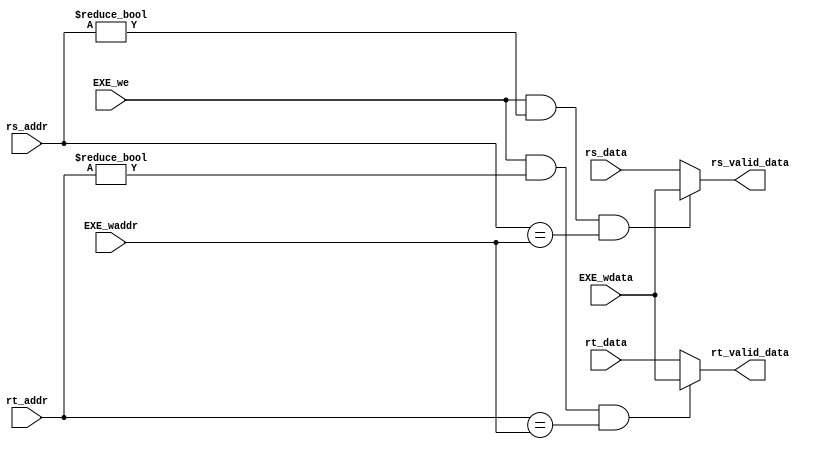
/*
File Name : GPRByPassProc.v
Create time : 2021.07.14 1:05
Author : Morning Han
Function : 
    ByPass data Process on GPR read.

*/

module GPRByPassProc(
    input wire[4:0] EXE_waddr, // Src: ID_EXE_reg.exe_GPR_waddr
    input wire[31:0] EXE_wdata,
    input wire EXE_we,

    input wire[4:0] rs_addr,
    input wire[31:0] rs_data,

    input wire[4:0] rt_addr,
    input wire[31:0] rt_data,

    output wire[31:0] rs_valid_data,
    output wire[31:0] rt_valid_data
);

    assign rs_valid_data = (EXE_we & (rs_addr != 0) & (rs_addr == EXE_waddr)) ? EXE_wdata : rs_data;
    assign rt_valid_data = (EXE_we & (rt_addr != 0) & (rt_addr == EXE_waddr)) ? EXE_wdata : rt_data;
endmodule